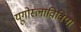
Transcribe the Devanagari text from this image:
यूगोस्लाविविया